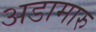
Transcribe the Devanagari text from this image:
अडामारु